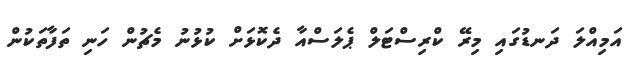
އަމިއްލަ ދަނޑުގައި މިރޭ ކްރިސްޓަލް ޕެލަސްއާ ދެކޮޅަށް ކުޅުނު މެޗުން ހަނި ތަފާތަކުން